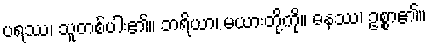
ပရဿ၊ သူတစ်ပါး၏။ ဘရိယာ၊ မယားတို့ကို။ ဓနဿ၊ ဥစ္စာ၏။